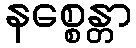
နစ္စေန္တာ